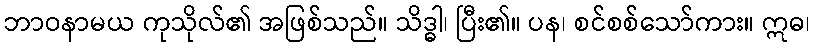
ဘာဝနာမယ ကုသိုလ်၏ အဖြစ်သည်။ သိဒ္ဓါ၊ ပြီး၏။ ပန၊ စင်စစ်သော်ကား။ ဣဓ၊